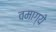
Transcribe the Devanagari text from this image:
वमाग्ये